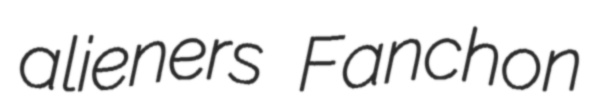
alieners Fanchon